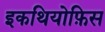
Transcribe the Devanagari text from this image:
इकथियोफ़िस